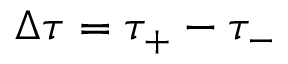
\Delta \tau = \tau _ { + } - \tau _ { - }